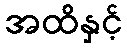
အထိနှင့်